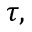
\tau ,